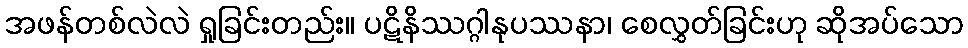
အဖန်တစ်လဲလဲ ရှုခြင်းတည်း။ ပဋိနိဿဂ္ဂါနုပဿနာ၊ စေလွှတ်ခြင်းဟု ဆိုအပ်သော